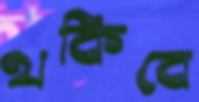
থকিবে